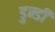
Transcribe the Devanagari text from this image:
डुन्डी